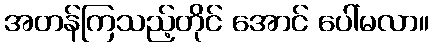
အတန်ကြသည့်တိုင် အောင် ပေါ်မလာ။